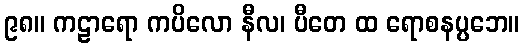
၉၈။ ကဠာရော ကပိလော နီလ၊ ပီတေ ထ ရောစနပ္ပဘေ။